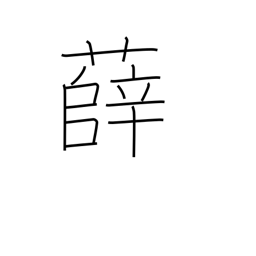
Meaning: type of mugwort